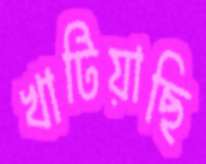
খাটিয়াছি